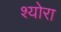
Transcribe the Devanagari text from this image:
श्योरा